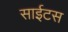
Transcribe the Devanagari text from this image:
साईटस